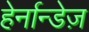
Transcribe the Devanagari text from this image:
हेर्नान्डेज़